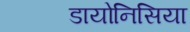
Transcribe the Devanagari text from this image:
डायोनिसिया